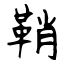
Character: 鞘